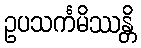
ဥပသင်္ကမိဿန္တိ